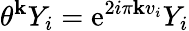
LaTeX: \theta^{\mathbf{k}}Y_{i}=\mathrm{{e}}^{2i\pi\mathbf{k}v_{i}}Y_{i}